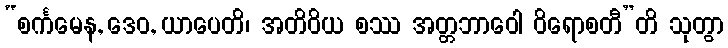
“စင်္ကမေန, ဒေဝ, ယာပေတိ၊ အတိဝိယ စဿ အတ္တဘာဝေါ ဝိရောစတီ”တိ သုတွာ